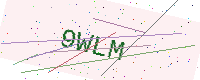
Text: 9WLM